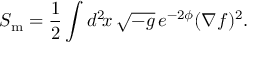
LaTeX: S _ { \mathrm { m } } = \frac { 1 } { 2 } \int d ^ { 2 } \! x \, \sqrt { - g } \, e ^ { - 2 \phi } ( \nabla f ) ^ { 2 } .